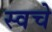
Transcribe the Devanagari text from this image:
स्वचे